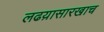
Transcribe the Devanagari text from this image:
लढय़ासारखाच